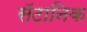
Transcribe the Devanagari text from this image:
सॅटानिक